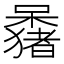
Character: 𫬕